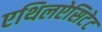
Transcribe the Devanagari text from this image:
एथिलऐसिटेट